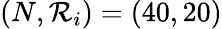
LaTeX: (N,\mathcal{R}_{i})=(40,20)